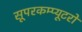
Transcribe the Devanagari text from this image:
सूपरकम्प्यूटरों